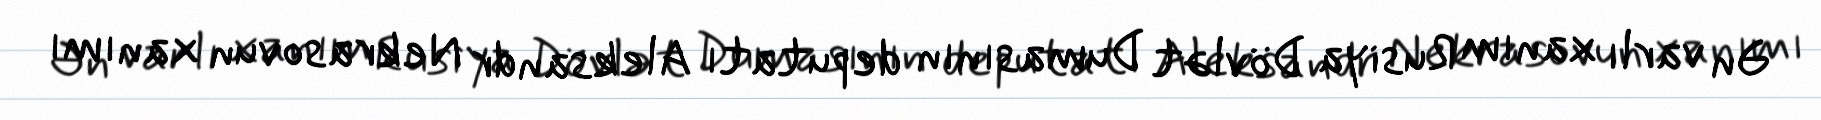
Ən varlı xanım Rusiya Dövlət Dumasının deputatı Aleksandr Nekrasovun xanımı